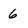
Character: 6